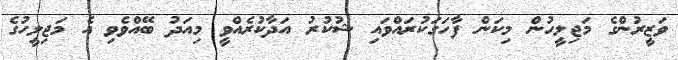
ވަޒީރުންގެ މަޖިލީހުން މިކަން ފާހަގަކުރައްވައި ޝުކުރު އަދާކުރެއްވީ މިއަދު ބޭއްވެވި އެ މަޖިލީހުގެ